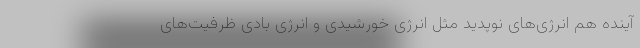
آینده هم انرژی‌های نوپدید مثل انرژی خورشیدی و انرژی بادی ظرفیت‌های